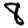
Digit: 8